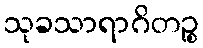
သုခသာရာဂိတဉ္စ